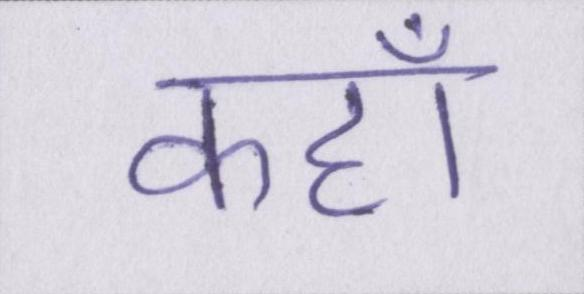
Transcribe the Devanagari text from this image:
कहॉं